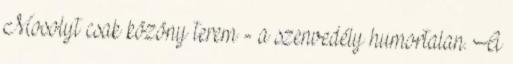
Mosolyt csak közöny terem - a szenvedély humortalan. A